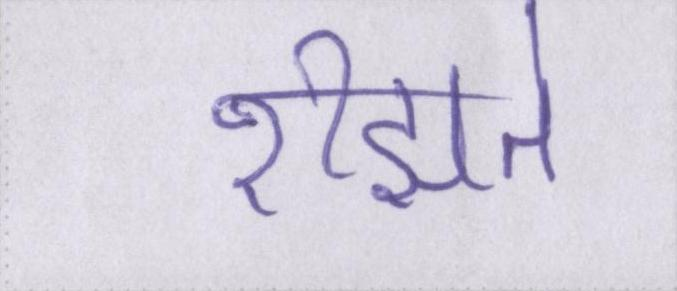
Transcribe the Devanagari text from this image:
रीझते